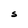
Character: S